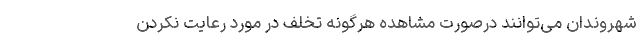
شهروندان می‌توانند درصورت مشاهده هرگونه تخلف در مورد رعایت نکردن